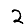
Digit: 2